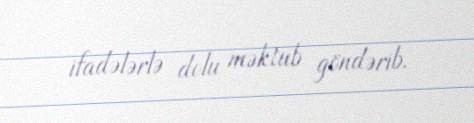
ifadələrlə dolu məktub göndərib.